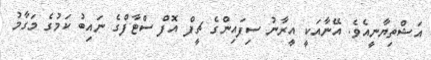
އަޝްތިޔާނީއެވެ. އޭނާއަކީ އީރާނު ސިފައިންގެ ޗީފް އޮފް ސްޓާފްގެ ނައިބު ކަމުގެ މަގާމު